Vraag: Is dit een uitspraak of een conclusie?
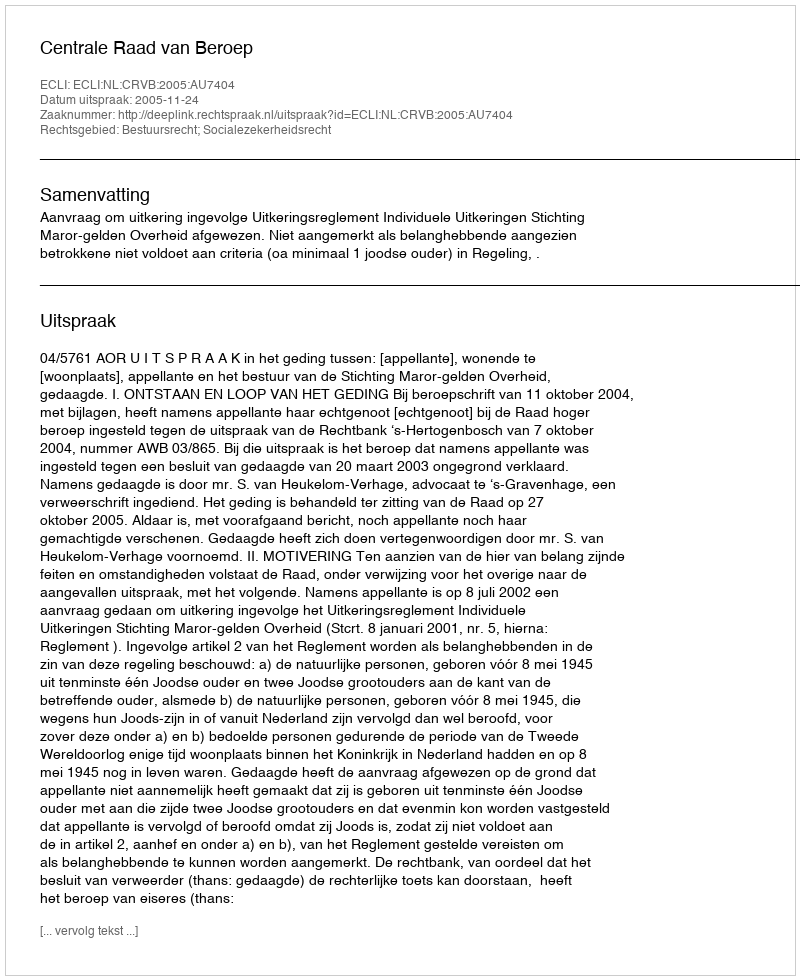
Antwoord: Uitspraak